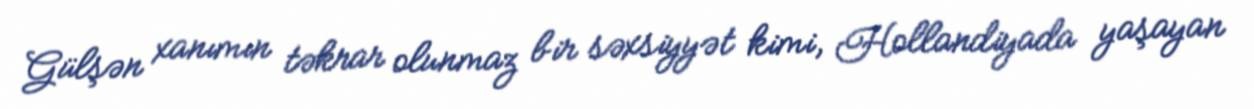
Gülşən xanımın təkrar olunmaz bir səxsiyyət kimi, Hollandiyada yaşayan